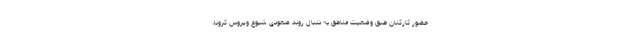
حضور کارکنان طبق وضعیت مناطق به دنبال روند صعودی شیوع ویروس کرونا،